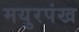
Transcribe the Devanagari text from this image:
मयुरपंख